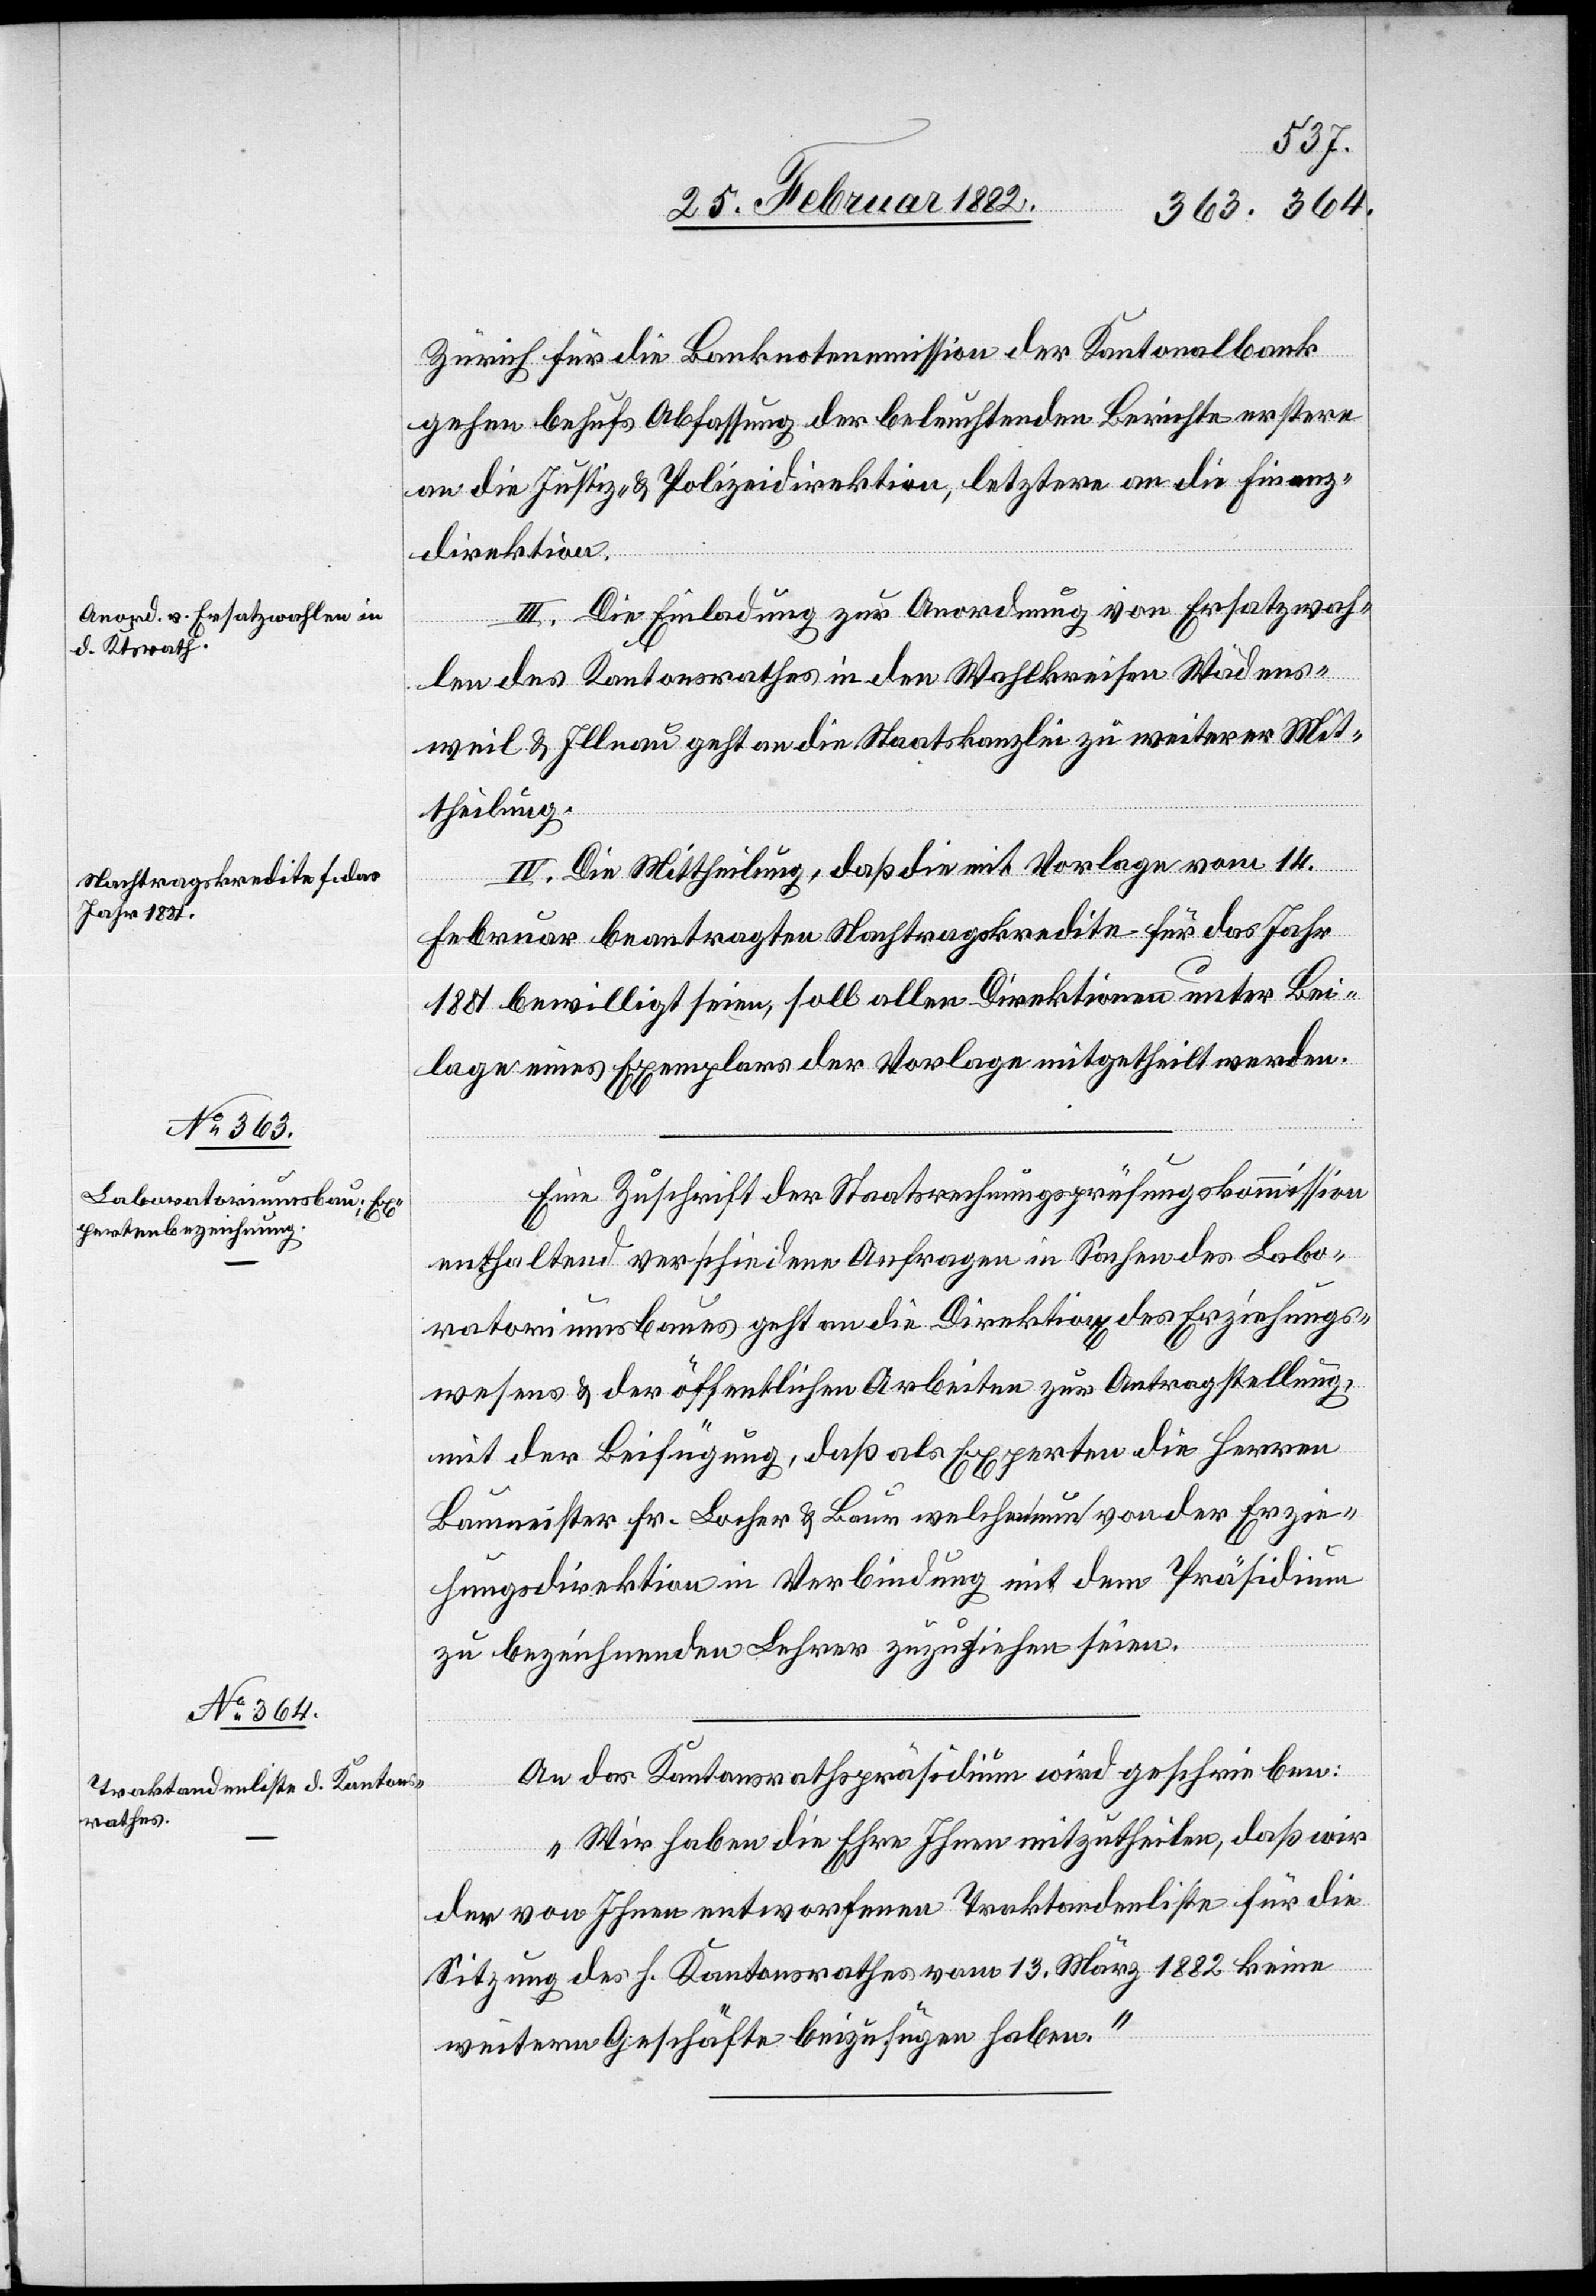
Zürich für die Banknotenemission der Kantonalbank
gehen behufs Abfassung der beleuchtenden Berichte erstern
an die Justiz- & Polizeidirektion, letztern an die Finanz¬
direktion.
III. Die Einladung zur Anordnung von Ersatzwah¬
len des Kantonsrathes in den Wahlkreisen Wädens¬
weil & Illnau geht an die Staatskanzlei zu weiterer Mit¬
theilung.
IV. Die Mittheilung, daß die mit Vorlage vom 14.
Februar beantragten Nachtragskredite für das Jahr
1881 bewilligt seien, soll allen Direktionen unter Bei¬
lage eines Exemplares der Vorlage mitgetheilt werden.
Eine Zuschrift der Staatsrechnungsprüfungskommission
enthaltend verschiedene Anfragen in Sache des Labo¬
ratoriumsbaues geht an die Direktion[en] des Erziehungs¬
wesens & der öffentlichen Arbeiten zur Antragstellung,
mit der Beifügung, daß als Experten die Herren
Baumeister Hr. Locher & Baum welche neu von der Erzie¬
hungsdirektion in Verbindung mit dem Präsidium
zu bezeichnenden Lehrer zuzuziehen seinen.
An das Kantonsrathspräsidium wird geschrieben:
„Wir haben die Ehre Ihnen mitzutheilen, daß wir
der von Ihnen entworfenen Traktandenliste für die
Sitzung des h. Kantonsrathes vom 13. März 1882 keine
weiteren Geschäfte beizufügen haben.“